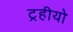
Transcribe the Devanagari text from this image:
ट्रहीयो